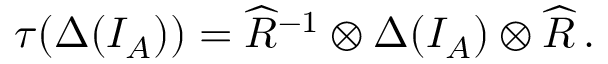
\tau ( \Delta ( I _ { A } ) ) = \widehat { R } ^ { - 1 } \otimes \Delta ( I _ { A } ) \otimes \widehat { R } \, .